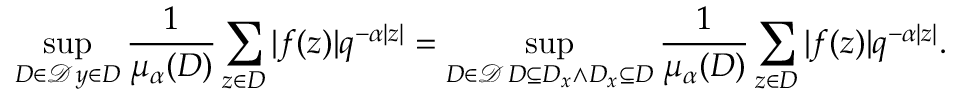
\operatorname* { s u p } _ { \substack { D \in \mathcal { D } \, y \in D } } \frac { 1 } { \mu _ { \alpha } ( D ) } \sum _ { z \in D } | f ( z ) | q ^ { - \alpha | z | } = \operatorname* { s u p } _ { \substack { D \in \mathcal { D } \, D \subseteq D _ { x } \wedge D _ { x } \subseteq D } } \frac { 1 } { \mu _ { \alpha } ( D ) } \sum _ { z \in D } | f ( z ) | q ^ { - \alpha | z | } .